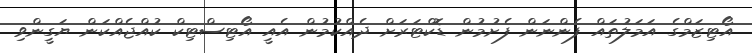
އޯޓިޒަމްގެ އަމަލުތައް ފެންނަން ފެށުމުން ޑޮކްޓަރަށް ދެއްކުމުން އެއީ އޯޓިސްޓިކް ކުއްޖެއްކަން ޔަގީންވި